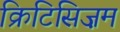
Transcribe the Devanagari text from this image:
क्रिटिसिज़म